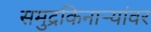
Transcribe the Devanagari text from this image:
समुद्रकिनाऱ्यांवर